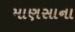
માણસાના